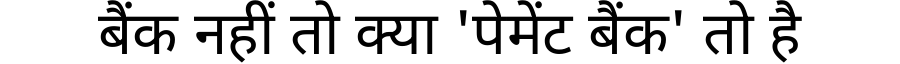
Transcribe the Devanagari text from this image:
बैंक नहीं तो क्या 'पेमेंट बैंक' तो है